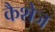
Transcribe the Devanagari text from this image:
कैशेज